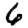
Digit: 6